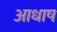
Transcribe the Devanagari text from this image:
आधाष